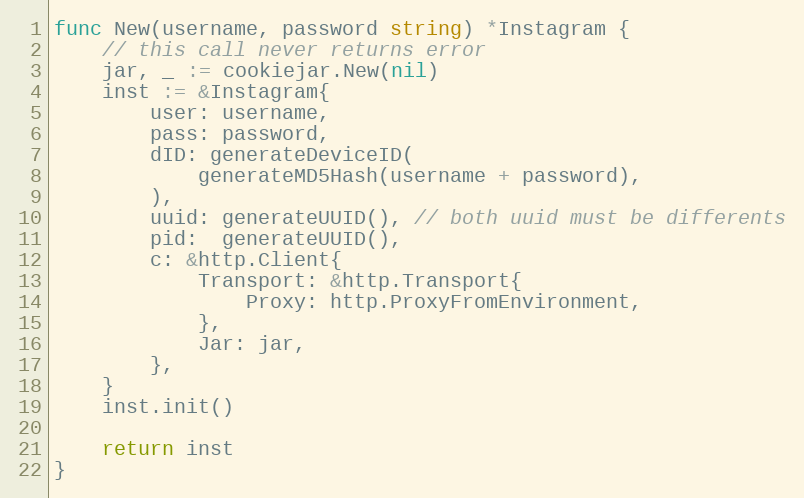
Language: Go
func New(username, password string) *Instagram {
	// this call never returns error
	jar, _ := cookiejar.New(nil)
	inst := &Instagram{
		user: username,
		pass: password,
		dID: generateDeviceID(
			generateMD5Hash(username + password),
		),
		uuid: generateUUID(), // both uuid must be differents
		pid:  generateUUID(),
		c: &http.Client{
			Transport: &http.Transport{
				Proxy: http.ProxyFromEnvironment,
			},
			Jar: jar,
		},
	}
	inst.init()

	return inst
}